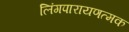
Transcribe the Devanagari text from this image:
लिंगपारायणत्मक